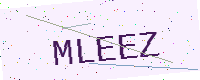
Text: MLEEZ